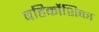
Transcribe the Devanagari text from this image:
बहिर्कोशिका